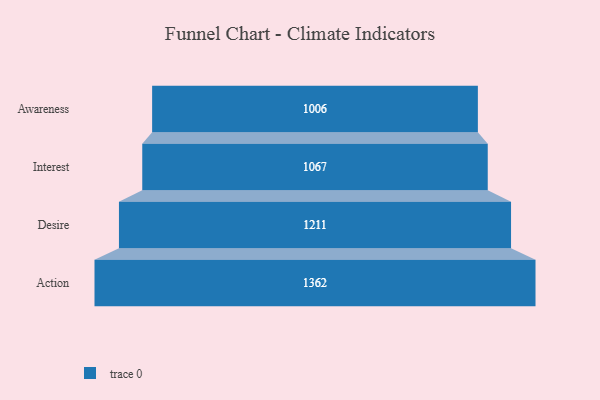
{"axis": {"x": "Stage", "y": "Value"}, "legend": [""], "data": [{"x": "Awareness", "y": 1006.0, "type": ""}, {"x": "Interest", "y": 1067.0, "type": ""}, {"x": "Desire", "y": 1211.0, "type": ""}, {"x": "Action", "y": 1362.0, "type": ""}]}